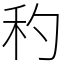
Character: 䄪